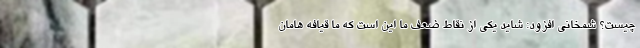
چیست؟ شمخانی افزود: شاید یکی از نقاط ضعف ما این است که ما قیافه هامان